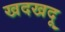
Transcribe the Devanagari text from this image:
खदखदू